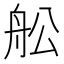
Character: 舩